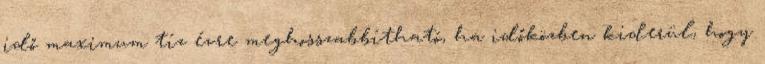
idő maximum tíz évre meghosszabbítható, ha időközben kiderül, hogy